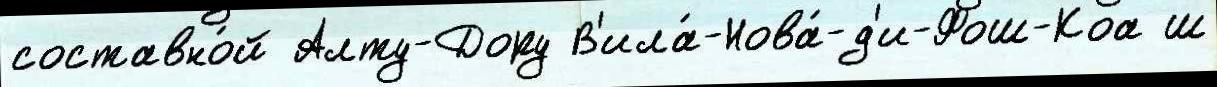
составно́й Алту-Дору В'ила́-Нова́-д'и-Фош-Коа ш